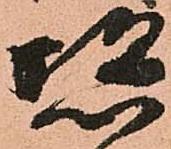
恣